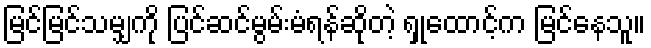
မြင်မြင်သမျှကို ပြင်ဆင်မွမ်းမံရန်ဆိုတဲ့ ရှုထောင့်က မြင်နေသူ။